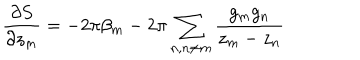
\frac { \partial S } { \partial z _ { m } } = - 2 \pi \beta _ { m } - 2 \pi \sum _ { n , n \neq m } \frac { g _ { m } g _ { n } } { z _ { m } - z _ { n } }